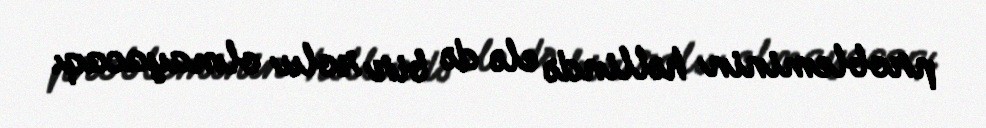
probleminin həllində elə də bir rolu olmayacaq.